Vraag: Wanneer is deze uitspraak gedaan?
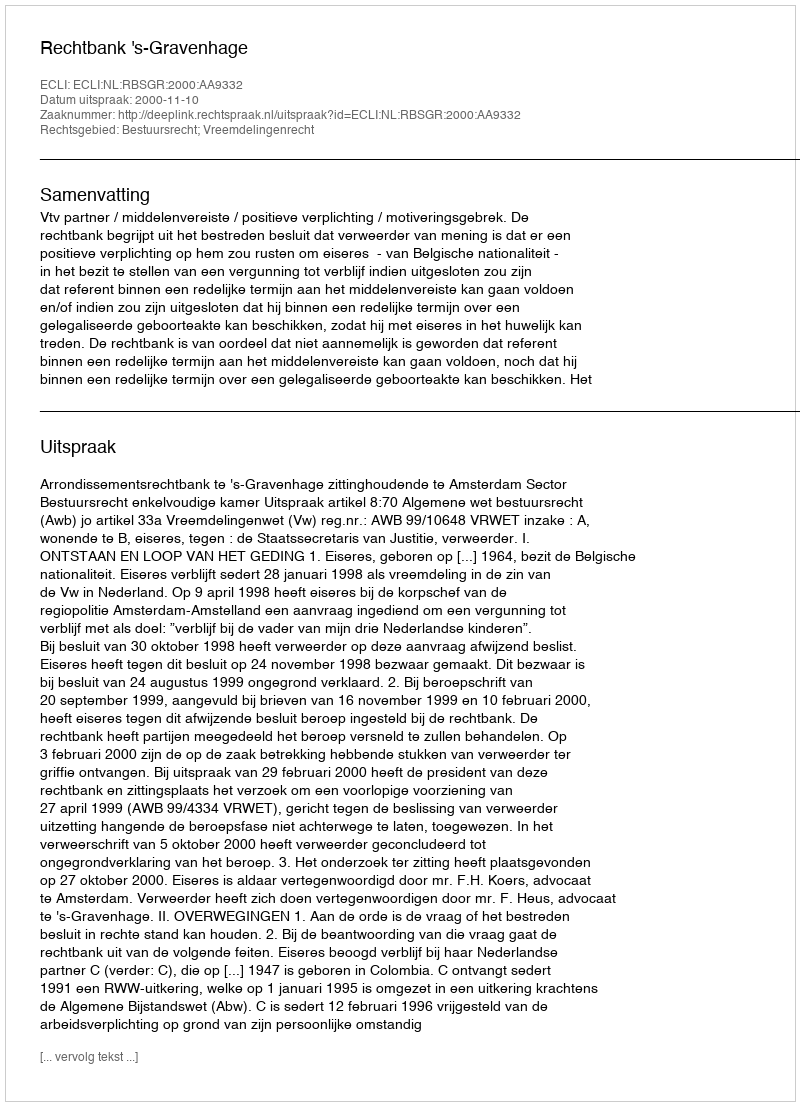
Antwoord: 2000-11-10